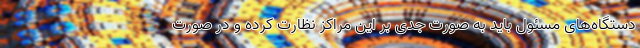
دستگاه‌های مسئول باید به صورت جدی بر این مراکز نظارت کرده و در صورت